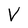
Character: V